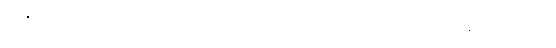
ရာဇူမီခင်က ဒွန်ညာ့လက်ကို တင်းတင်းဆုပ်ပြီး ပါးစပ်အဟောင်းသား ဖြစ်နေသော မေမေ